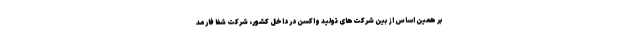
بر همین اساس از بین شرکت‌های تولید واکسن در داخل کشور، شرکت شفا فارمد